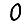
Digit: 0